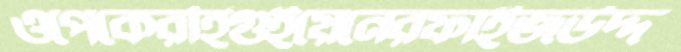
ওপেকেরহিগুইয়েনেরফাইজউদ্দ